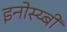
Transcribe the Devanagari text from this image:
इनोस्य्बी